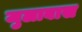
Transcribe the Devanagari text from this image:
जुलाबास